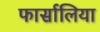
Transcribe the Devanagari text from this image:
फार्सालिया